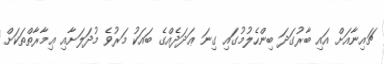
ޗައިނާއަށް އައި ބާރުގަދަ ބިންހެލުމުގައި ގިނަ ޢަދަދެއްގެ ބައަަކު މަރުވެ މުދަލަށާއި ޢިމާރާތްތަކަށް